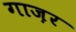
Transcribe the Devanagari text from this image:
गाज़र